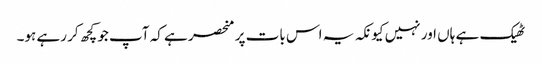
ٹھیک ہے ہاں اور نہیں کیونکہ یہ اس بات پر منحصر ہے کہ آپ جو کچھ کر رہے ہو۔